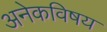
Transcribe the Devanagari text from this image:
अनेकविषय